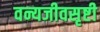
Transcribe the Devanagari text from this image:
वन्यजीवसृष्टी